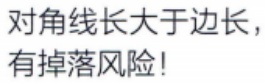
对角线长大于边长，有掉落风险！